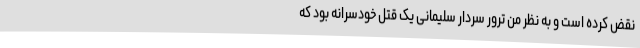
نقض کرده است و به نظر من ترور سردار سلیمانی یک قتل خودسرانه بود که